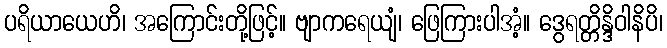
ပရိယာယေဟိ၊ အကြောင်းတို့ဖြင့်။ ဗျာကရေယျံ၊ ဖြေကြားပါအံ့။ ဒွေရတ္တိန္ဒိဝါနိပိ၊